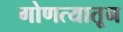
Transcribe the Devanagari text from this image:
गोणत्यातून